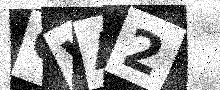
Text: GVA2